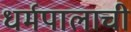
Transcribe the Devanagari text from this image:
धर्मपालाची